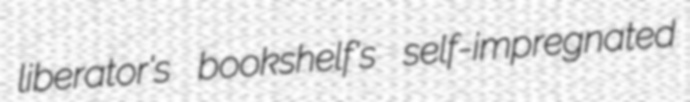
liberator's bookshelf's self-impregnated